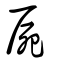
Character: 屍